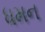
ધમન